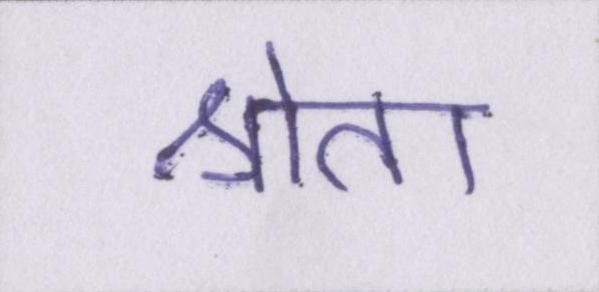
श्रोता